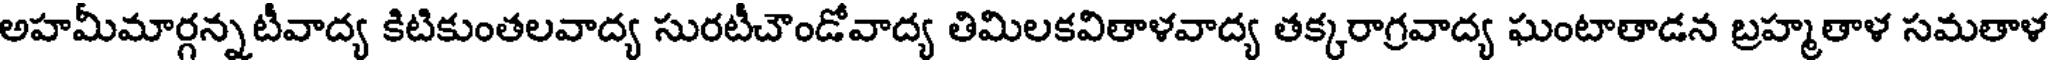
అహమీమార్గన్నటీవాద్య కిటికుంతలవాద్య సురటీచౌండోవాద్య తిమిలకవితాళవాద్య తక్కరాగ్రవాద్య ఘంటాతాడన బ్రహ్మతాళ సమతాళ